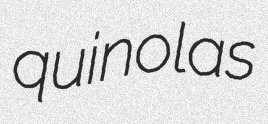
quinolas